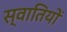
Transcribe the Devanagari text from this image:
स्वातियों